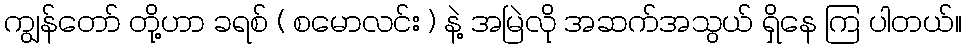
ကျွန်တော် တို့ဟာ ခရစ် ( စမောလင်း ) နဲ့ အမြဲလို အဆက်အသွယ် ရှိနေ ကြ ပါတယ်။